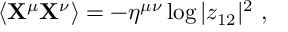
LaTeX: \langle { \bf X } ^ { \mu } { \bf X } ^ { \nu } \rangle = - \eta ^ { \mu \nu } \log | z _ { 1 2 } | ^ { 2 } ~ ,